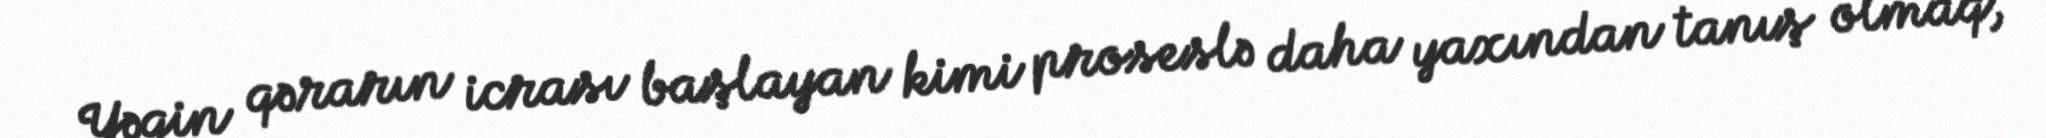
Yəqin qərarın icrası başlayan kimi proseslə daha yaxından tanış olmaq,